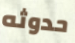
حدوثه